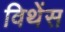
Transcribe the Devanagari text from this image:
विथेंस